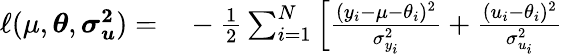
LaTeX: \begin{array}{rl}{\ell(\mu,\boldsymbol{\theta},\boldsymbol{\sigma_{u}^{2}})=}&{{}-\frac{1}{2}\sum_{i=1}^{N}\left[\frac{(y_{i}-\mu-\theta_{i})^{2}}{\sigma_{y_{i}}^{2}}+\frac{(u_{i}-\theta_{i})^{2}}{\sigma_{u_{i}}^{2}}\right.}\end{array}